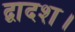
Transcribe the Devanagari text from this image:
द्वादश।